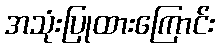
အသုံးပြုထားကြောင်း